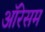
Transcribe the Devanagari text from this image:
ऑरेसम